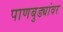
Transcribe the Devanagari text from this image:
पाणबुड्यांवर